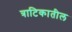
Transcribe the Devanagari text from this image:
त्राटिकातील